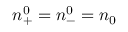
n _ { + } ^ { 0 } = n _ { - } ^ { 0 } = n _ { 0 }